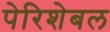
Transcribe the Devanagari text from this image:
पेरिशेबल